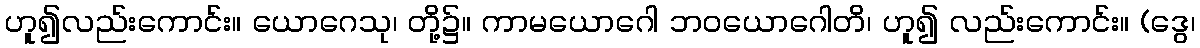
ဟူ၍လည်းကောင်း။ ယောဂေသု၊ တို့၌။ ကာမယောဂေါ ဘဝယောဂေါတိ၊ ဟူ၍ လည်းကောင်း။ (ဒွေ၊